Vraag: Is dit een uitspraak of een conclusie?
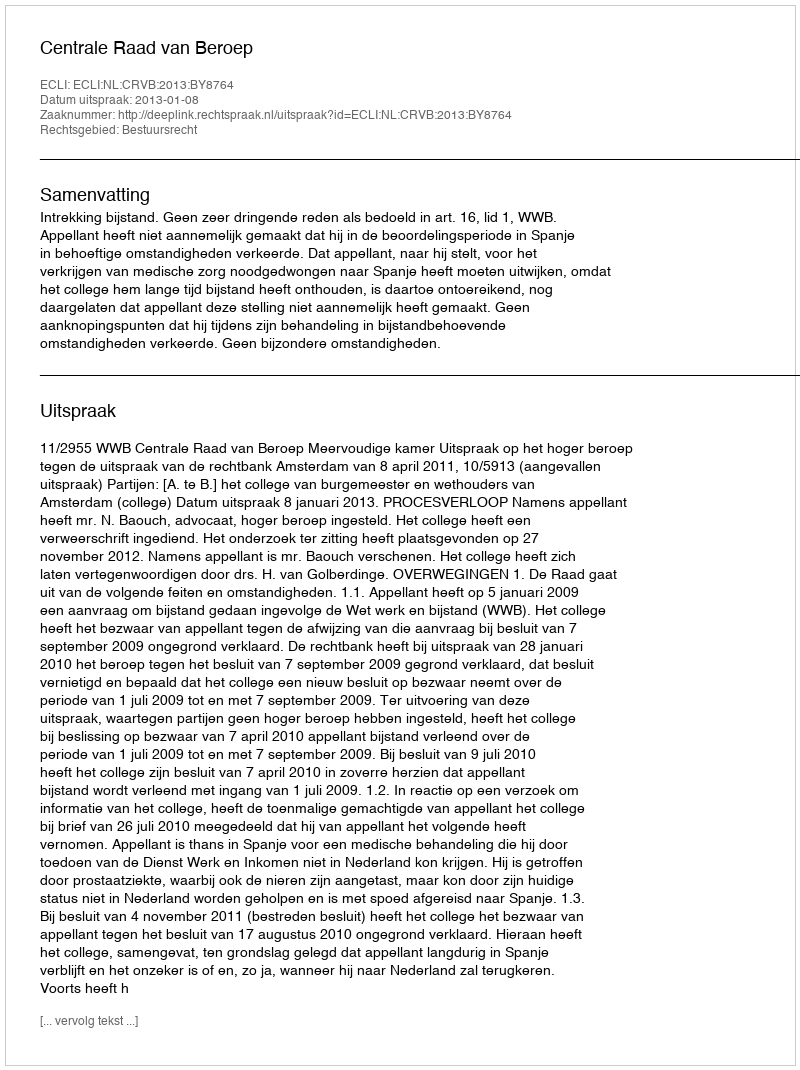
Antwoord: Uitspraak